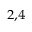
^ { 2 , 4 }